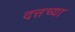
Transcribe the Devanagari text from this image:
दत्तच्या